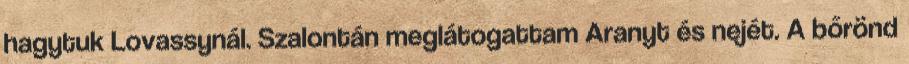
hagytuk Lovassynál. Szalontán meglátogattam Aranyt és nejét. A bőrönd